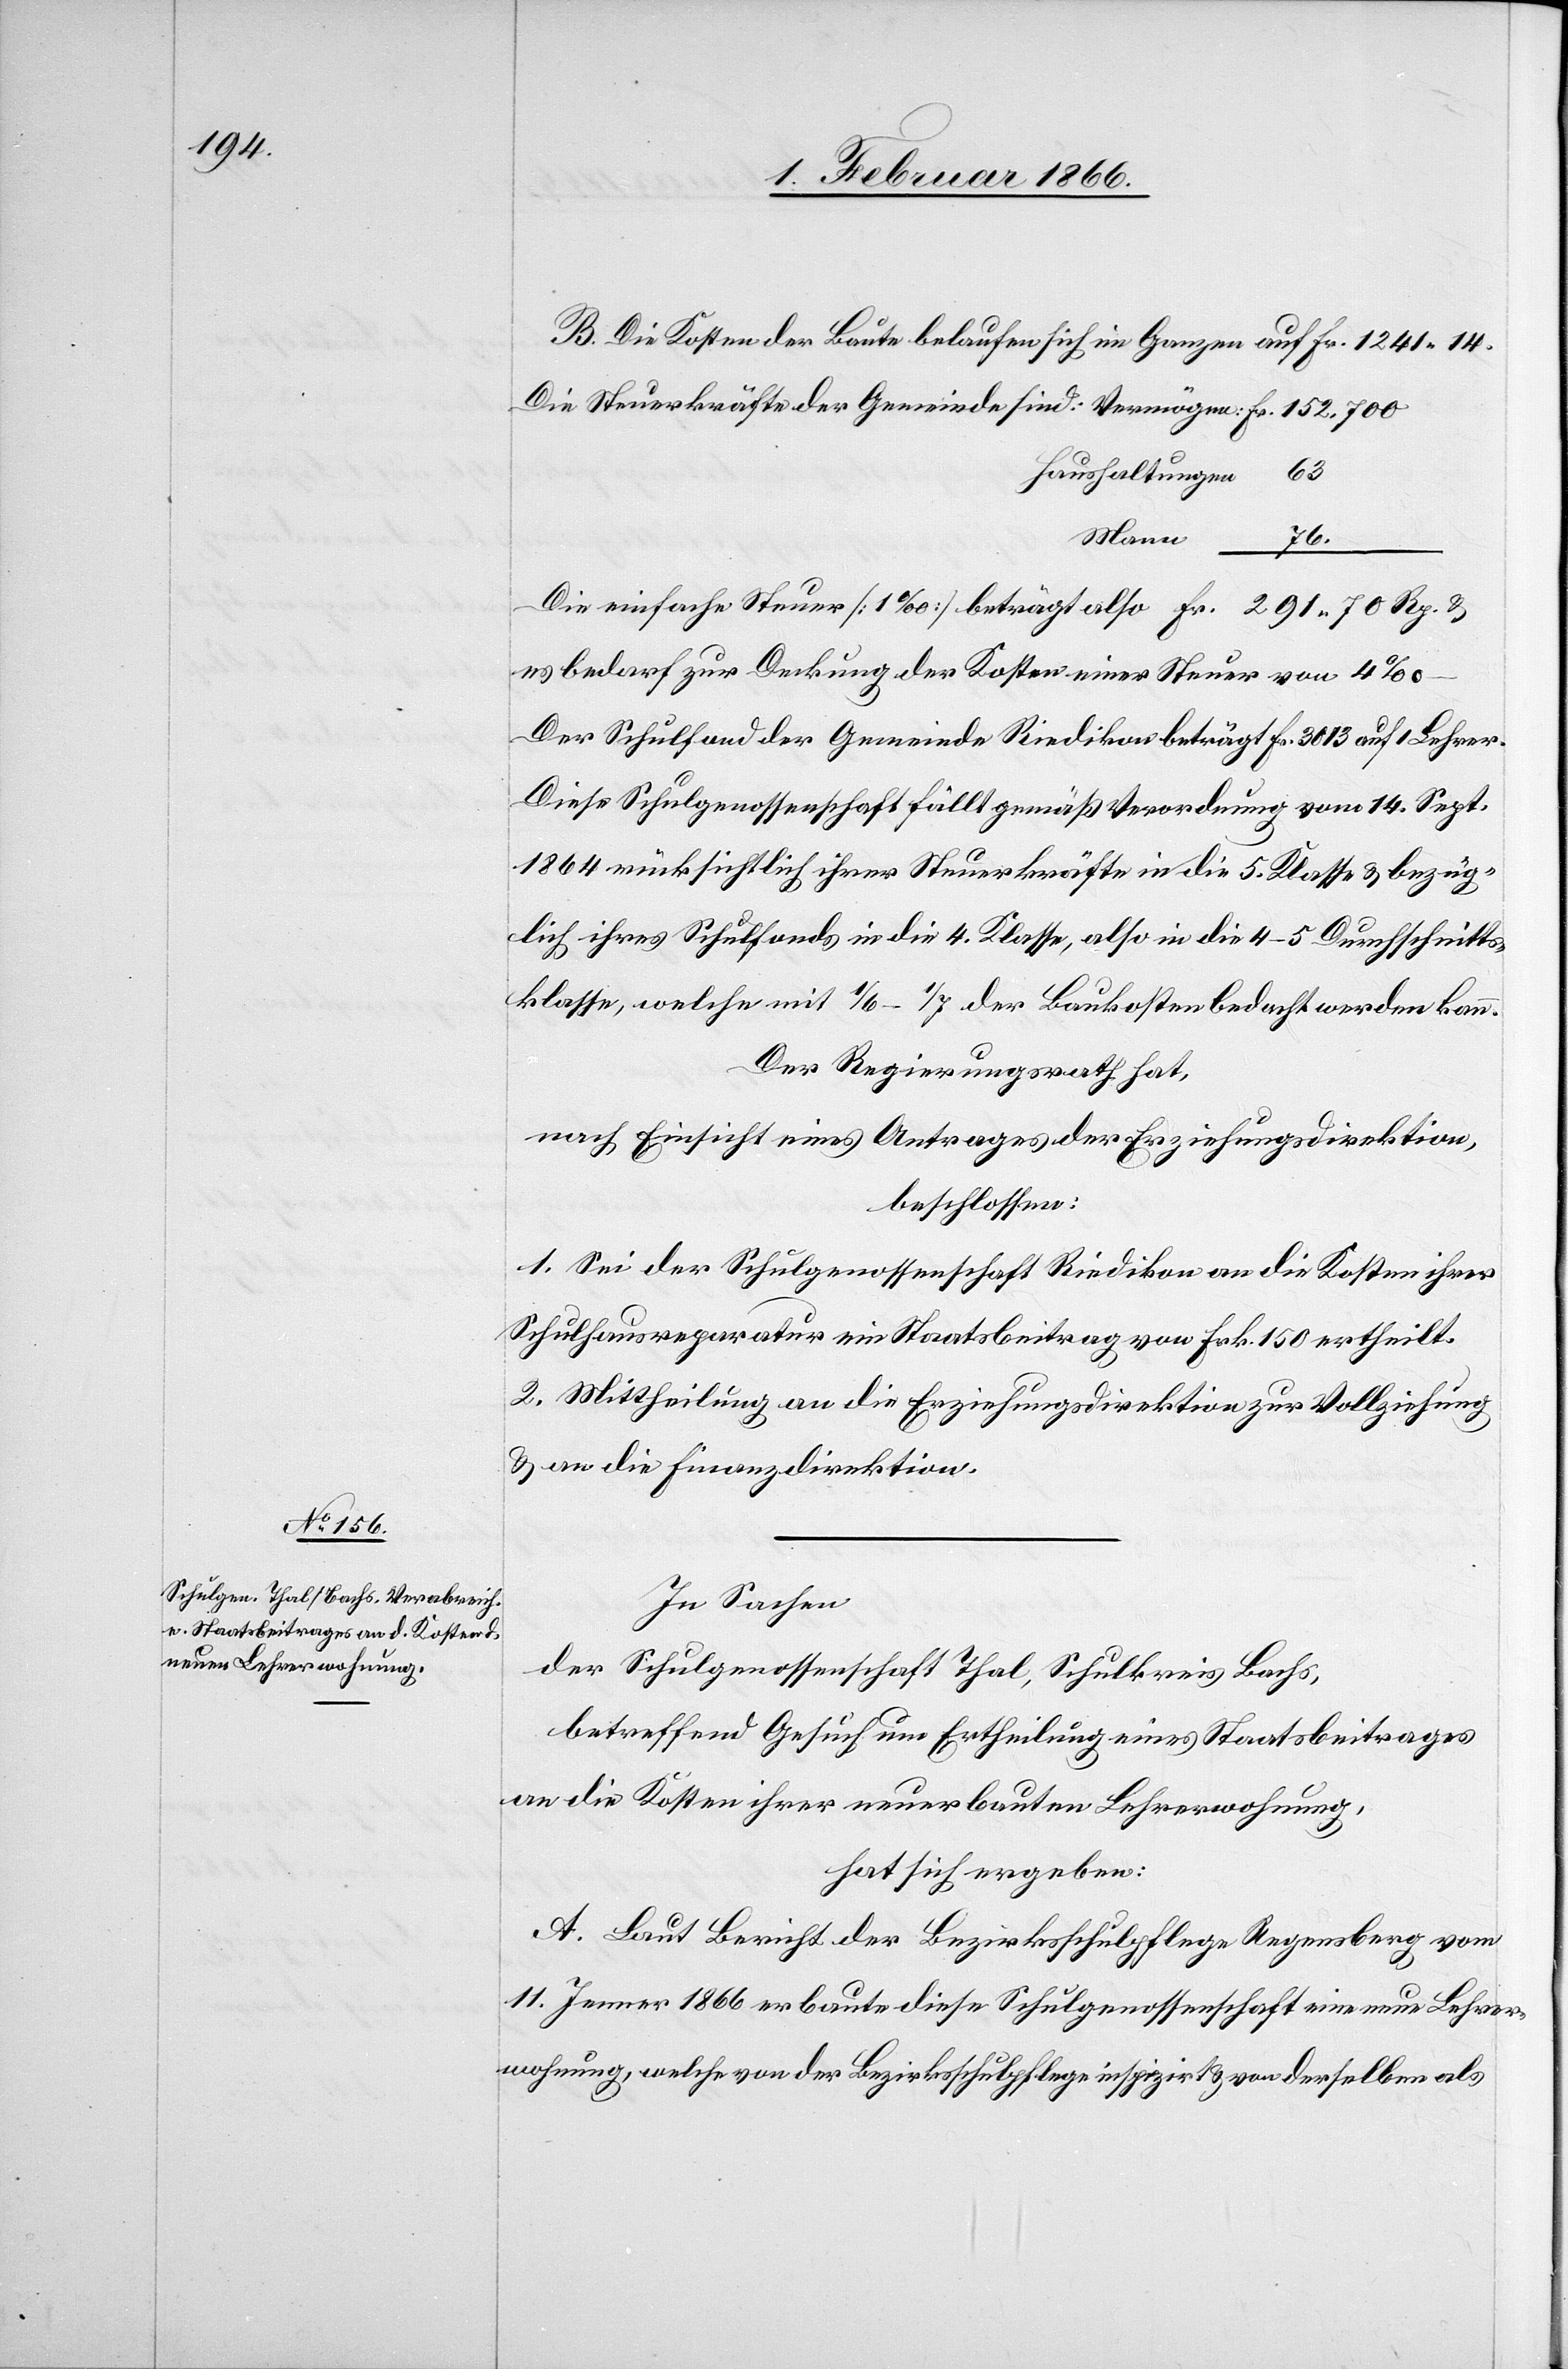
B. Die Kosten der Baute belaufen sich im Ganzen auf Fr. 1241,14.
Die Steuerkräfte der Gemeinde sind:	Vermögen:		Fr. 152 700
Haushaltungen	63
76______
Die einfache Steuer [1 ‰] beträgt also				Fr. 291,70 Rp. u.
es bedarf zur Deckung der Kosten einer Steuer von 4 ‰ –
Der Schulfond der Gemeinde Riedikon beträgt Fr. 3013 auf 1 Lehrer.
Diese Schulgenossenschaft fällt gemäß Verordnung vom 14. Sept.
1864 rücksichtlich ihrer Steuerkräfte in die 5. Klasse u. bezüg¬
lich ihres Schulfonds in die 4. Klasse, also in die 4–5 Durchschnits¬
klasse, welche mit 1/6–1/7 der Baukosten bedacht werden kann.
Der Regierungsrath hat,
nach Einsicht eines Antrages der Erziehungsdirektion,
beschlossen:
1. Sei der Schulgenossenschaft Riedikon an die Kosten ihrer
Schulhausreparatur ein Staatsbeitrag von Frk. 150 ertheilt.
2. Mittheilung an die Erziehungsdirektion zur Vollziehung
u. an die Finanzdirektion.
In Sachen
der Schulgenossenschaft Thal, Schulkreis Bachs,
betreffend Gesuch um Ertheilung eines Staatsbeitrages
an die Kosten ihrer neuerbauten Lehrerwohnung,
hat sich ergeben:
A. Laut Bericht der Bezirksschulpflege Regensberg vom
11. Jenner 1866 erbaute diese Schulgenossenschaft eine neue Lehrer¬
wohnung, welche von der Bezirksschulpflege inspizirt u. von derselben als